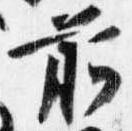
前